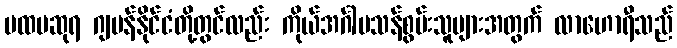
ပထမဆုရ ဂျပန်နိုင်ငံတို့တွင်လည်း ကိုယ်အင်္ဂါမသန်စွမ်းသူများအတွက် လာဟောရီသည်